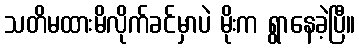
သတိမထားမိလိုက်ခင်မှာပဲ မိုးက ရွာနေခဲ့ပြီ။